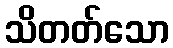
သိတတ်သော